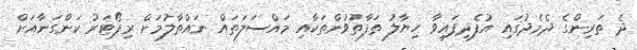
ދެ ތަރިންގެ ދެމެދުގައި އުފެދިފައިވާ ހިޔާލު ތަފާތުވުންތަކާއި މައްސަލަތައް ނައްތާލުމަށް ރިޕޯޓަރު ކަންގަނާއަށް